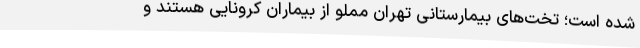
شده است؛ تخت‌های بیمارستانی تهران مملو از بیماران کرونایی هستند و